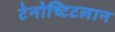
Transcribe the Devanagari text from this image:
टेनोच्टिटलान